Children and Young Persons (Scotland) Act, 1932. Care and training of juveniles, 1932
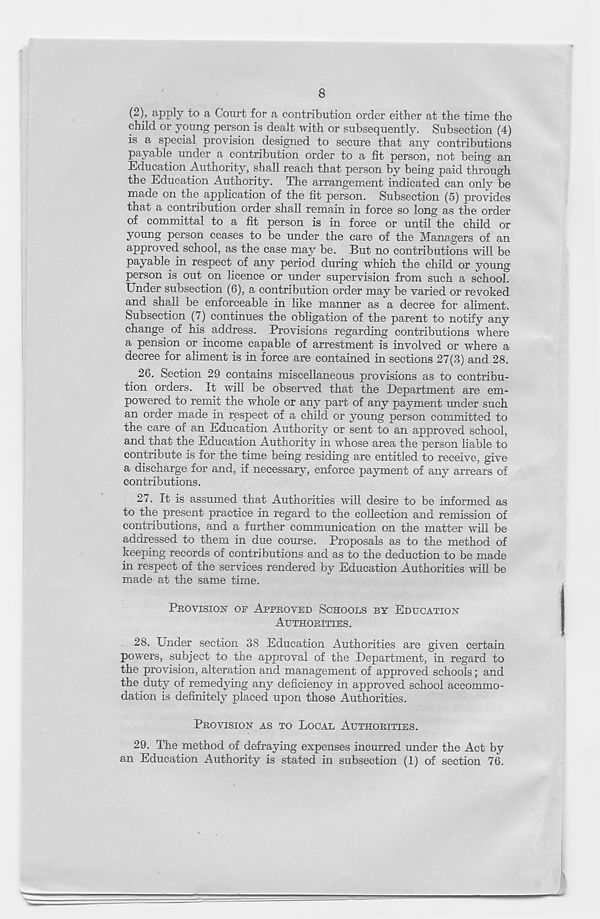
8
(2), apply to a Court for a contribution order either at the time the
child or young person is dealt with or subsequently. Subsection (4)
is a special provision designed to secure that any contributions
payable under a contribution order to a fit person, not being an
Education Authority, shall reach that person by being paid through
the Education Authority. The arrangement indicated can only be
made on the application of the fit person. Subsection (5) provides
that a contribution order shall remain in force so long as the order
of committal to a fit person is in force or until the child or
young person ceases to be under the care of the Managers of an
approved school, as the case may be. But no contributions will be
payable in respect of any period during which the child or young
person is out on licence or under supervision from such a school.
Under subsection (6), a contribution order may be varied or revoked
and shall be enforceable in like manner as a decree for aliment.
Suosection (/) continues the obligation of the parent to notify any
change of his address. Provisions regarding contributions where
a pension or income capable of arrestment is involved or where a
decree for aliment is in force are contained in sections 27(3) and 28.
26. Section 29 contains miscellaneous provisions as to contribu-
tion orders. It will be observed that the Department are em-
powered to remit the whole or any part of any payment under such
an order made in respect of a child or young person committed to
the care of an Education Authority or sent to an approved school,
and that the Education Authority in whose area the person liable to
contribute is for the time being residing are entitled to receive, give
a discharge for and, if necessary, enforce payment of any arrears of
contributions.
27. It is assumed that Authorities will desire to be informed as
to the present practice in regard to the collection and remission of
contributions, and a further communication on the matter will be
addressed to them in due course. Proposals as to the method of
keeping records of contributions and as to the deduction to be made
in respect of the services rendered by Education Authorities will be
made at the same time.
PROVISION OR APPROVED SCHOOLS BY EDUCATION
AUTHORITIES.
28. Under section 38 Education Authorities are given certain
powers, subject to the approval of the Department, in regard to
the provision, alteration and management of approved schools; and
the duty of remedying any deficiency in approved school accommo-
dation is definitely placed upon those Authorities.
PROVISION AS TO LOCAL AUTHORITIES.
29. The method of defraying expenses incurred under the Act by
an Education Authority is stated in subsection (1) of section 76.